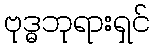
ဗုဒ္ဓဘုရားရှင်